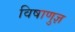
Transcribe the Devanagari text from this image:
विषाणुज्ञ